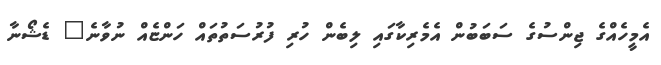
އެމީހެއްގެ ޖިންސުގެ ސަބަބުން އެމެރިކާގައި ލިބެން ހުރި ފުރުސަތުތައް ހަންޏެއް ނުވާނެ" ޑެޝޯނާ